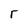
Character: r